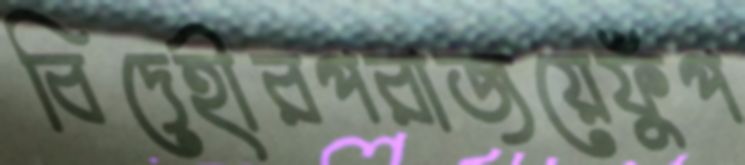
বিদেহীরপরাজয়েফুঁপ